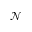
\mathcal { N }